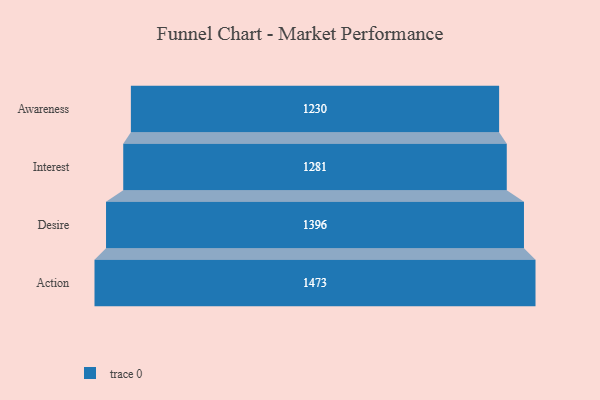
{"axis": {"x": "Stage", "y": "Value"}, "legend": [""], "data": [{"x": "Awareness", "y": 1230.0, "type": ""}, {"x": "Interest", "y": 1281.0, "type": ""}, {"x": "Desire", "y": 1396.0, "type": ""}, {"x": "Action", "y": 1473.0, "type": ""}]}